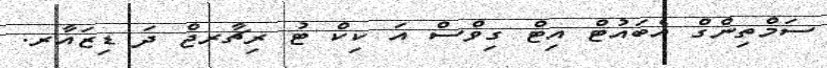
ސަމްތިންގް އެބައުޓް އިޓް ގިވްސް އަ ކިކް ޓު ރިޗާރޖް ދަ ޑިޒައާރ.